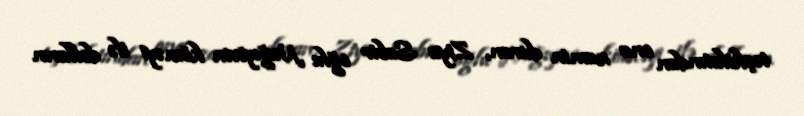
təşkilatından ona zamin duran, Ziya Sabir oğlu Nağıyevin köməyi ilə dolların